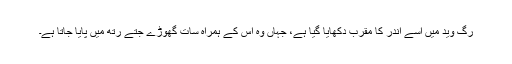
رگ وید میں اسے اندر کا مقرب دکھایا گیا ہے، جہاں وہ اس کے ہمراہ سات گھوڑے جتے رتھ میں پایا جاتا ہے۔